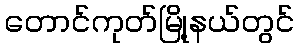
တောင်ကုတ်မြို့နယ်တွင်